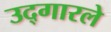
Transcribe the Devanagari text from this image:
उद्‌गारले